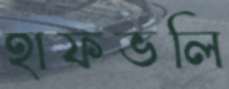
হাফভলি